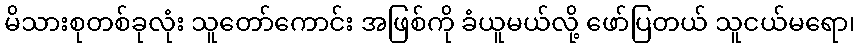
မိသားစုတစ်ခုလုံး သူတော်ကောင်း အဖြစ်ကို ခံယူမယ်လို့ ဖော်ပြတယ် သူငယ်မရော၊